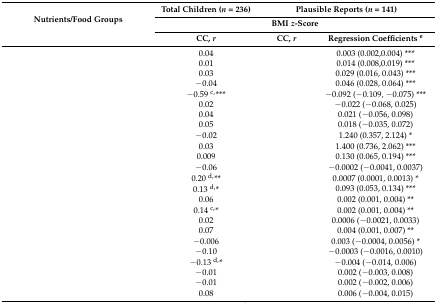
<table><thead><tr><td rowspan="3"><b>Nutrients/Food Groups</b></td><td><b>Total Children (<i>n</i> = 236)</b></td><td colspan="2"><b>Plausible Reports (<i>n</i> = 141)</b></td></tr><tr><td colspan="3"><b>BMI <i>z</i>-Score</b></td></tr><tr><td><b>CC, <i>r</i></b></td><td><b>CC, <i>r</i></b></td><td><b>Regression Coefficients <sup>e</sup></b></td></tr></thead><tbody><tr><td>[EMPTY_CELL]</td><td>0.04</td><td>[EMPTY_CELL]</td><td>0.003 (0.002,0.004) ***</td></tr><tr><td>[EMPTY_CELL]</td><td>0.01</td><td>[EMPTY_CELL]</td><td>0.014 (0.008,0.019) ***</td></tr><tr><td>[EMPTY_CELL]</td><td>0.03</td><td>[EMPTY_CELL]</td><td>0.029 (0.016, 0.043) ***</td></tr><tr><td>[EMPTY_CELL]</td><td>−0.04</td><td>[EMPTY_CELL]</td><td>0.046 (0.028, 0.064) ***</td></tr><tr><td>[EMPTY_CELL]</td><td>−0.59 <sup>c</sup><sup>,</sup>***</td><td>[EMPTY_CELL]</td><td>−0.092 (−0.109, −0.075) ***</td></tr><tr><td>[EMPTY_CELL]</td><td>0.02</td><td>[EMPTY_CELL]</td><td>−0.022 (−0.068, 0.025)</td></tr><tr><td>[EMPTY_CELL]</td><td>0.04</td><td>[EMPTY_CELL]</td><td>0.021 (−0.056, 0.098)</td></tr><tr><td>[EMPTY_CELL]</td><td>0.05</td><td>[EMPTY_CELL]</td><td>0.018 (−0.035, 0.072)</td></tr><tr><td>[EMPTY_CELL]</td><td>−0.02</td><td>[EMPTY_CELL]</td><td>1.240 (0.357, 2.124) *</td></tr><tr><td>[EMPTY_CELL]</td><td>0.03</td><td>[EMPTY_CELL]</td><td>1.400 (0.736, 2.062) ***</td></tr><tr><td>[EMPTY_CELL]</td><td>0.009</td><td>[EMPTY_CELL]</td><td>0.130 (0.065, 0.194) ***</td></tr><tr><td>[EMPTY_CELL]</td><td>−0.06</td><td>[EMPTY_CELL]</td><td>−0.0002 (−0.0041, 0.0037)</td></tr><tr><td>[EMPTY_CELL]</td><td>0.20 <sup>d,</sup>**</td><td>[EMPTY_CELL]</td><td>0.0007 (0.0001, 0.0013) *</td></tr><tr><td>[EMPTY_CELL]</td><td>0.13 <sup>d,</sup>*</td><td>[EMPTY_CELL]</td><td>0.093 (0.053, 0.134) ***</td></tr><tr><td>[EMPTY_CELL]</td><td>0.06</td><td>[EMPTY_CELL]</td><td>0.002 (0.001, 0.004) **</td></tr><tr><td>[EMPTY_CELL]</td><td>0.14 <sup>c,</sup>*</td><td>[EMPTY_CELL]</td><td>0.002 (0.001, 0.004) **</td></tr><tr><td>[EMPTY_CELL]</td><td>0.02</td><td>[EMPTY_CELL]</td><td>0.0006 (−0.0021, 0.0033)</td></tr><tr><td>[EMPTY_CELL]</td><td>0.07</td><td>[EMPTY_CELL]</td><td>0.004 (0.001, 0.007) **</td></tr><tr><td>[EMPTY_CELL]</td><td>−0.006</td><td>[EMPTY_CELL]</td><td>0.003 (−0.0004, 0.0056) *</td></tr><tr><td>[EMPTY_CELL]</td><td>−0.10</td><td>[EMPTY_CELL]</td><td>−0.0003 (−0.0016, 0.0010)</td></tr><tr><td>[EMPTY_CELL]</td><td>−0.13 <sup>d,</sup>*</td><td>[EMPTY_CELL]</td><td>−0.004 (−0.014, 0.006)</td></tr><tr><td>[EMPTY_CELL]</td><td>−0.01</td><td>[EMPTY_CELL]</td><td>0.002 (−0.003, 0.008)</td></tr><tr><td>[EMPTY_CELL]</td><td>−0.01</td><td>[EMPTY_CELL]</td><td>0.002 (−0.002, 0.006)</td></tr><tr><td>[EMPTY_CELL]</td><td>0.08</td><td>[EMPTY_CELL]</td><td>0.006 (−0.004, 0.015)</td></tr></tbody></table>